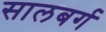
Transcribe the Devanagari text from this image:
सालबर्ग